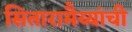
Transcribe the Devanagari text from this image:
सितारामैय्यांची